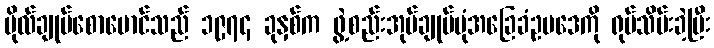
ဗိုလ်ချုပ်စောမောင်သည် ၁၉၇၄ ခုနှစ်က ဖွဲ့စည်းအုပ်ချုပ်ပုံအခြေခံဥပဒေကို ရုပ်သိမ်းခဲ့ပြီး